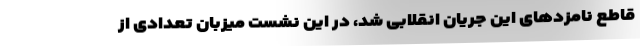
قاطع نامزدهای این جریان انقلابی شد، در این نشست میزبان تعدادی از